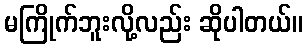
မကြိုက်ဘူးလို့လည်း ဆိုပါတယ်။